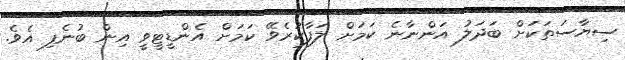
ސިޔާސަތަކަށް ބަދަލު އަންނާނެ ކަމަށް ލަފާކުރެވޭ ކަމަށް އެންޑީޓީވީ އިން ބުނެފި އެވެ.